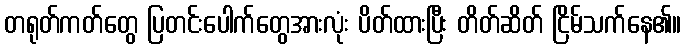
တရုတ်ကတ်တွေ ပြတင်းပေါက်တွေအားလုံး ပိတ်ထားပြီး တိတ်ဆိတ် ငြိမ်သက်နေ၏။